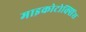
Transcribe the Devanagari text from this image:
माइकोटोक्सिंस